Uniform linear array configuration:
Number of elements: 12
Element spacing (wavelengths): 0.75
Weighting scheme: uniform
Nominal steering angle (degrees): -30
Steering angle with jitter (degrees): -30.647
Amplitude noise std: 0.05
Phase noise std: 0.05

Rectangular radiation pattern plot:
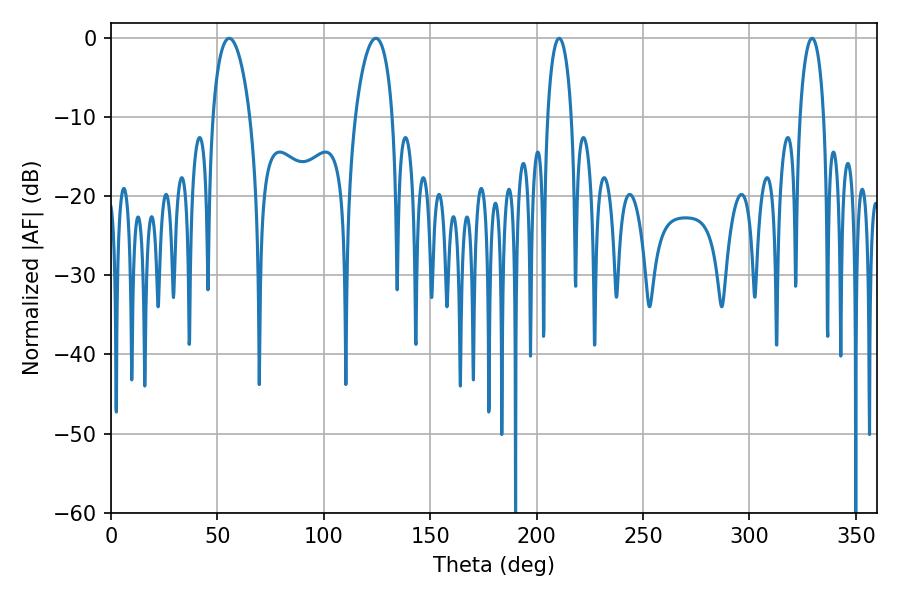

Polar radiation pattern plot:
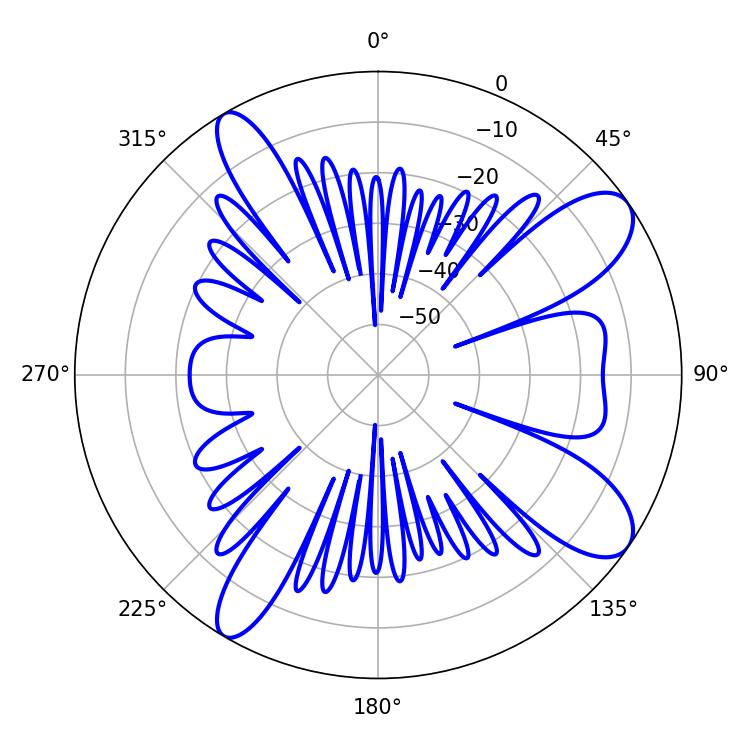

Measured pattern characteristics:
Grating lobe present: TRUE
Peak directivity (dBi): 10.155
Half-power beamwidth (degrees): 6.48
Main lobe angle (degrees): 210.6